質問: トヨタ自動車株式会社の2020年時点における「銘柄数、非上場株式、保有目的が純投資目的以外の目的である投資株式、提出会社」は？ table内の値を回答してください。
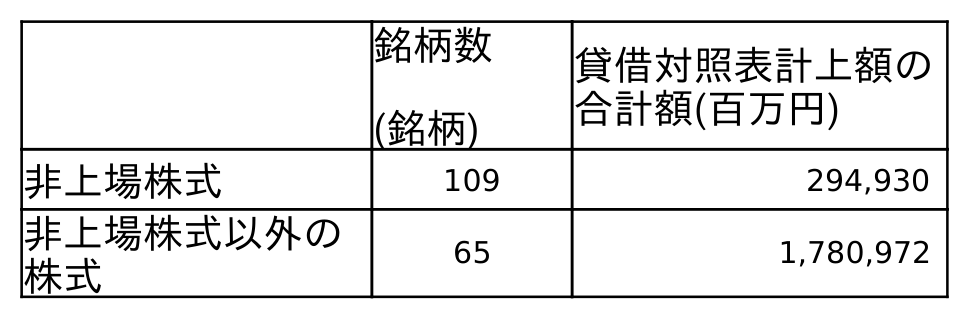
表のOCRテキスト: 銘柄数 (銘柄) 貸借対照表計上額の 合計額(百万円) 非上場株式 109 294,930 非上場株式以外の 株式 65 1,780,972
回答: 109